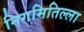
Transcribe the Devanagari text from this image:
निगमितिल्ला